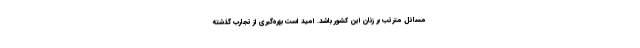
مسائل مترتب بر زنان این کشور باشد. امید است بهره‌گیری از تجارب گذشته